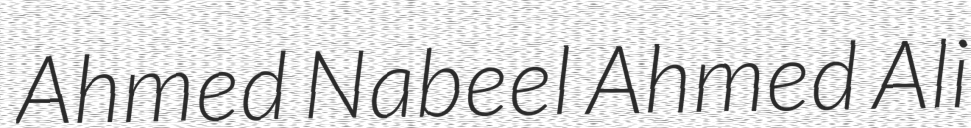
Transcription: Ahmed Nabeel Ahmed Ali